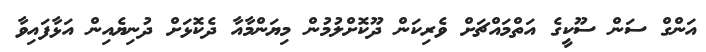
އަންގް ސަން ސޫކީގެ އަތްމައްޗަށް ވެރިކަން ދޫކޮށްލުމުން މިޔަންމާއާ ދެކޮޅަށް ދުނިޔެއިން އަޅާފައިވާ